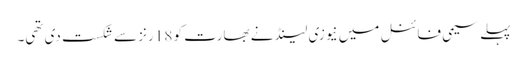
پہلے سیمی فائنل میں نیوزی لینڈ نے بھارت کو 18 رنز سے شکست دی تھی۔